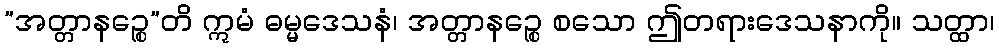
”အတ္တာနဉ္စေ”တိ ဣမံ ဓမ္မဒေသနံ၊ အတ္တာနဉ္စေ စသော ဤတရားဒေသနာကို။ သတ္ထာ၊